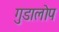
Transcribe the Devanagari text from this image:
गुडालोप